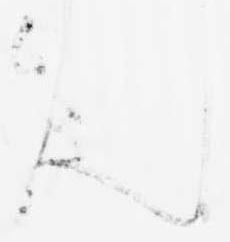
ん